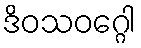
ဒိဝသဝဂ္ဂေါ